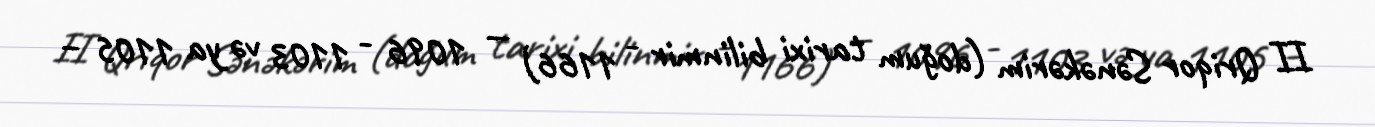
II Qriqor Sənəkərim (doğum tarixi bilinmir - 1166) — 1096 - 1103 və ya 1105 –